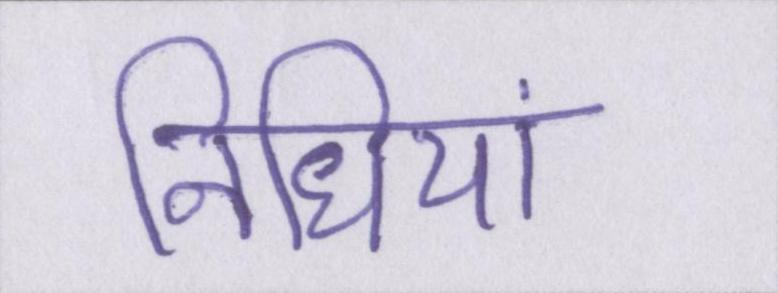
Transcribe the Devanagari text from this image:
निधियां